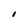
Character: I